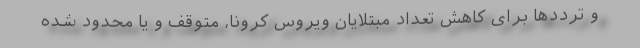
و ترددها برای کاهش تعداد مبتلایان ویروس کرونا، متوقف و یا محدود شده